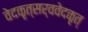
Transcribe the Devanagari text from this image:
वेदकृत्सर्ववेदकृत्